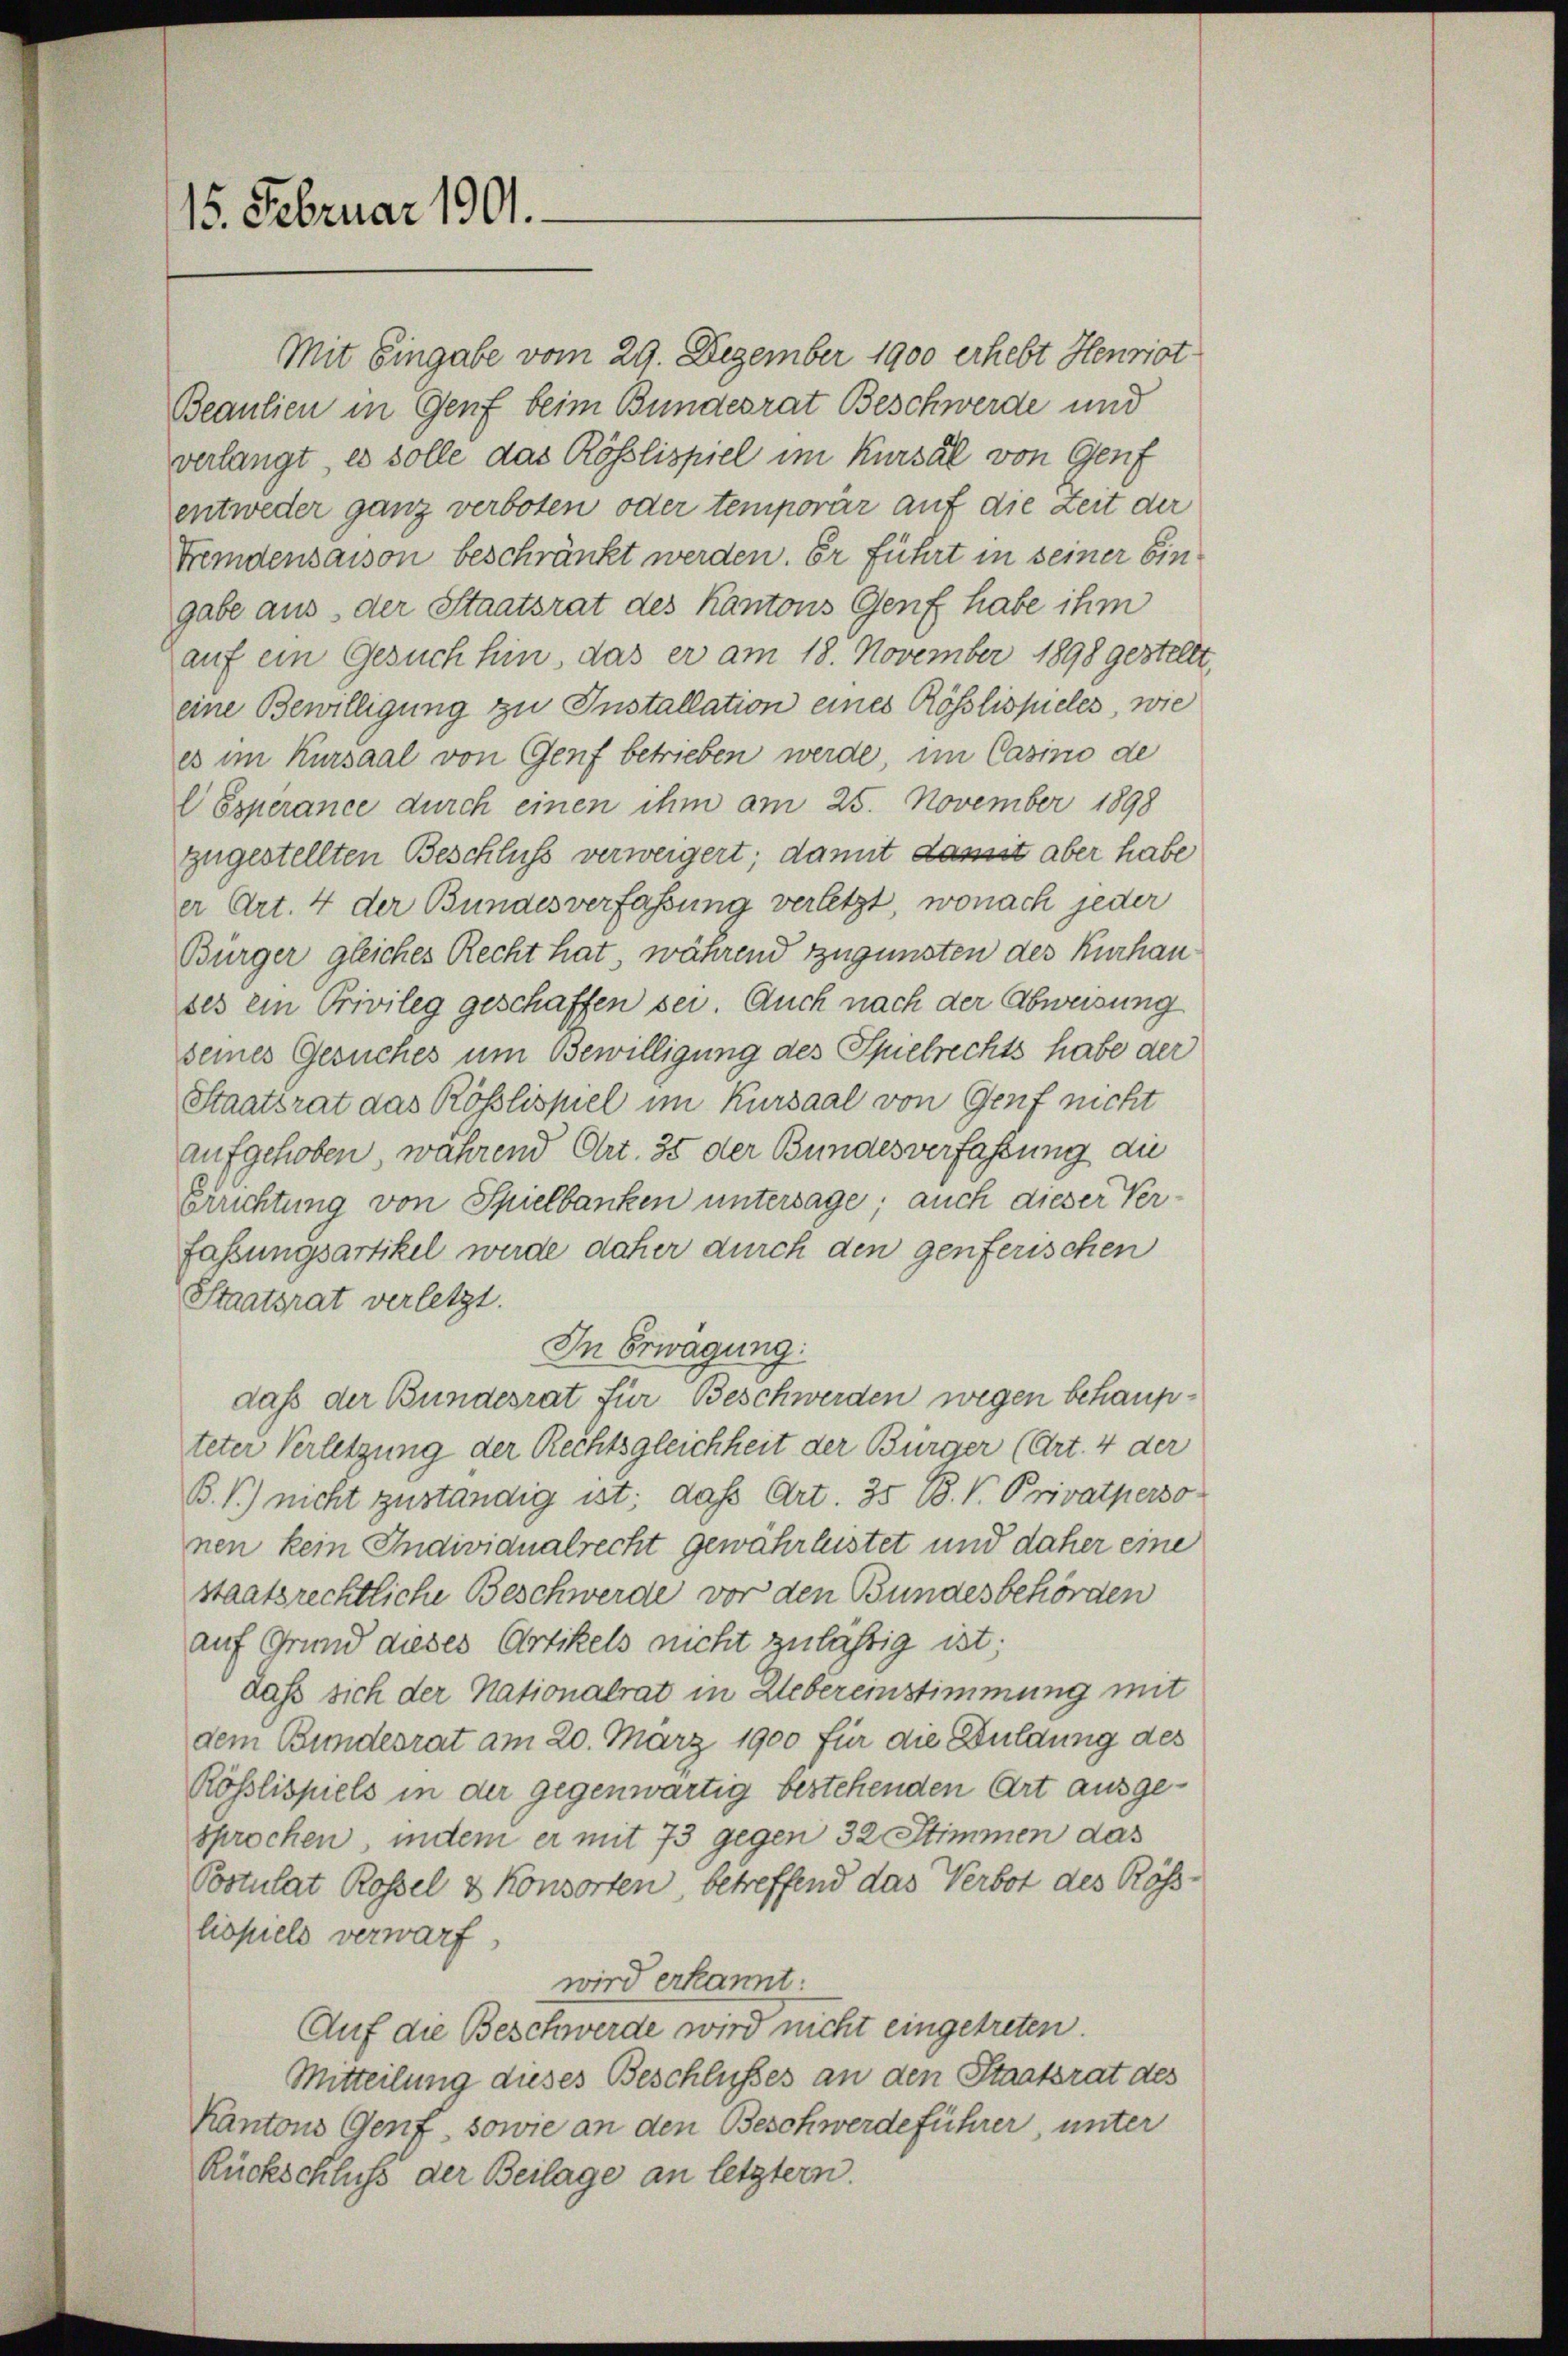
15. Februar 1901.

Mit Eingabe vom 29. Dezember 1900 erhebt Henriot
Beaulien in Genf beim Bundesrat Beschwerde und
verlangt, es solle das Rösslispiel im Kursal von Genf
entweder ganz verboten oder temporär auf die Zeit der
Fremdensaison beschränkt werden. Er führt in seiner bin
gabe aus, der Staatsrat des Kantons Genf habe ihm
auf ein Gesuch hin, das er am 18. November 1898 gestellt
eine Bewilligung zu Installation eines Rösslispieles, wie
es im Kursaal von Genf betrieben werde, im Casino de
Esperance durch einen ihm am 25. November 1898
zugestellten Beschluß verweigert; damit damit aber habe
er Art. 4 der Bundesverfassung verletzt, wonach jeder
Bürger gleiches Recht hat, während zugunsten des Kurhauses ein Privileg geschaffen sei. Auch nach der Abweisung
seines Gesuches um Bewilligung des Spielrechts habe der
Staatsrat das Rösslispiel im Kursaal von Genf nicht
aufgehoben, während Ort. 35 der Bundesverfaßung die
Errichtung von Spielbanken untersage; auch dieser Verfaßungsartikel werde daher durch den genferischen
Staatsrat verletzt.
In Erwägung:
daß der Bundesrat für Beschwerden wegen behaupteter Verletzung der Rechtsgleichheit der Bürger (Art. 4 der
B. T.) nicht zuständig ist; daß Art. 35 B. V. Privatperso
nen kein Individualrecht gewährleistet und daher eine
staatsrechtliche Beschwerde vor den Bundesbehörden
auf Grund dieses Artikels nicht zulässig ist;
dass sich der Nationalrat in Uebereinstimmung mit
dem Bundesrat am 20. März 1900 für die Duldung des
Rösslispiels in der gegenwärtig bestehenden Art ausgesprochen unten er mit 73 gegen 32 Stimmen das
Postulat Rossel & Konsorten, betreffend das Verbot des Röslispiels verwarf,
wird erkannt:
Auf die Beschwerde wird nicht eingetreten.
Mitteilung dieses Beschlusses an den Staatsrat des
Kantons Genf, sowie an den Beschwerdeführer, unter
Rückschluss der Beilage an letztern.